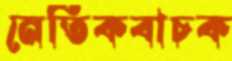
নেতিকবাচক